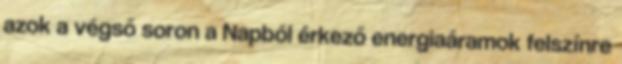
azok a végső soron a Napból érkező energiaáramok felszínre